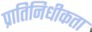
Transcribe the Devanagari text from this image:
प्रातिनिधीकता